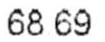
68.69